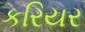
કરિયર